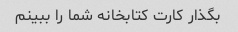
بگذار کارت کتابخانه شما را ببینم